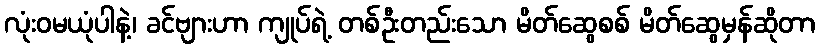
လုံးဝမယုံပါနဲ့၊ ခင်ဗျားဟာ ကျုပ်ရဲ့ တစ်ဦးတည်းသော မိတ်ဆွေစစ် မိတ်ဆွေမှန်ဆိုတာ